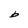
Character: b